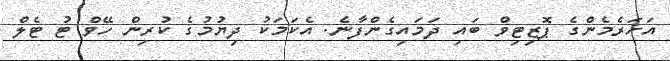
އަހަރެމެންގެ ޕޮޒިޓިވް ބައި ދަމައިގެންފާނެ. އެކަމަކު ދިޔުމުގެ ކުރިން ހޭވް ޓު ޓެލް